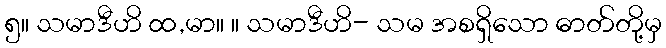
၅။ သမာဒီဟိ ထ,မာ။ ။ သမာဒီဟိ- သမ အစရှိသော ဓာတ်တို့မှ